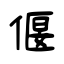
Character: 偃